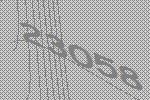
23058